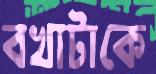
বখাটাকে